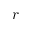
r